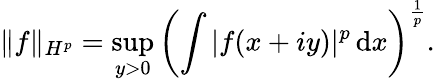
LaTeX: \| f\| _{H^{p}}=\operatorname*{sup}_{y>0}\left(\int|f(x+iy)|^{p}\, \mathrm{d}x\right)^{\frac{1}{p}}.